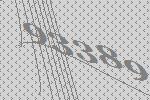
93389